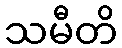
သမီတိ